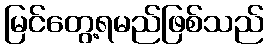
မြင်တွေ့ရမည်ဖြစ်သည်